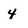
Character: 4